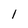
Character: 1